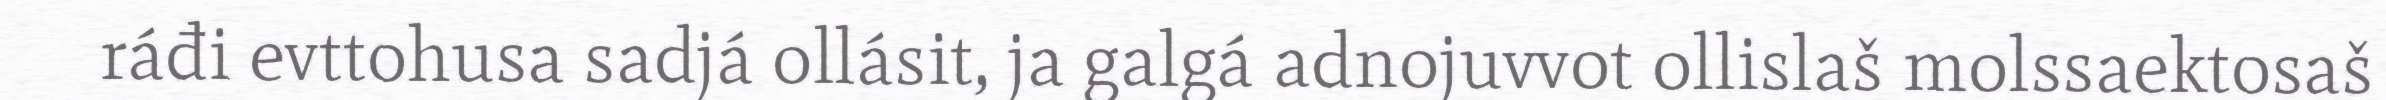
ráđi evttohusa sadjá ollásit, ja galgá adnojuvvot ollislaš molssaektosaš